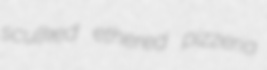
sculked ethered pizzeria